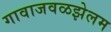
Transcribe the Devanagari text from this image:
गावाजवळझेलम